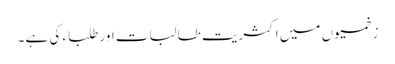
زخمیوں میں اکثریت طالبات اور طلباء کی ہے ۔